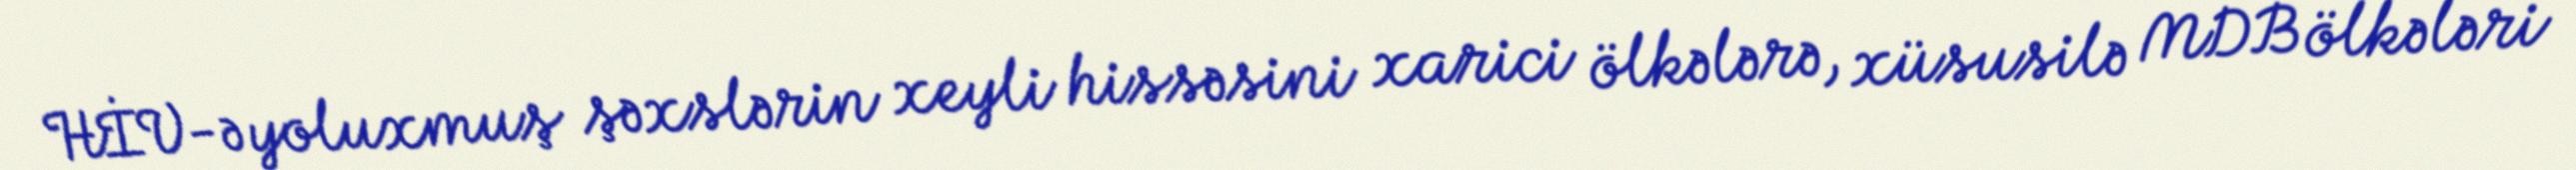
HİV-ə yoluxmuş şəxslərin xeyli hissəsini xarici ölkələrə, xüsusilə MDB ölkələri